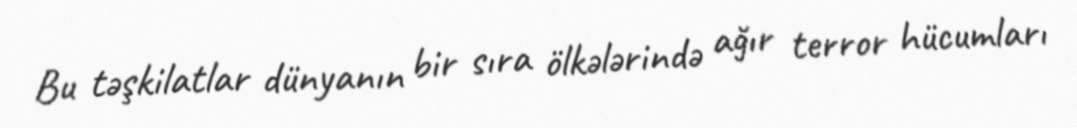
Bu təşkilatlar dünyanın bir sıra ölkələrində ağır terror hücumları